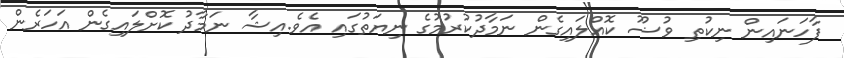
ފާހަނައިިން ނިކުތި ވުޟޫ ކޮއްލައިގެން ނަމާދުކުރުމުގެ ނިޔަތުގައި އެވެ.އިޝާ ނަމާދު ކޮށްލައިގެން އަހަރެން